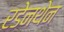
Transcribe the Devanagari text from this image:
रडेनथेन